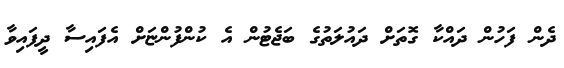
ދެން ފަހުން ދައްކާ ގޮތަށް ދައުލަތުގެ ބަޖެޓުން އެ ކުންފުންޏަށް އެފައިސާ ދީފައިވާ